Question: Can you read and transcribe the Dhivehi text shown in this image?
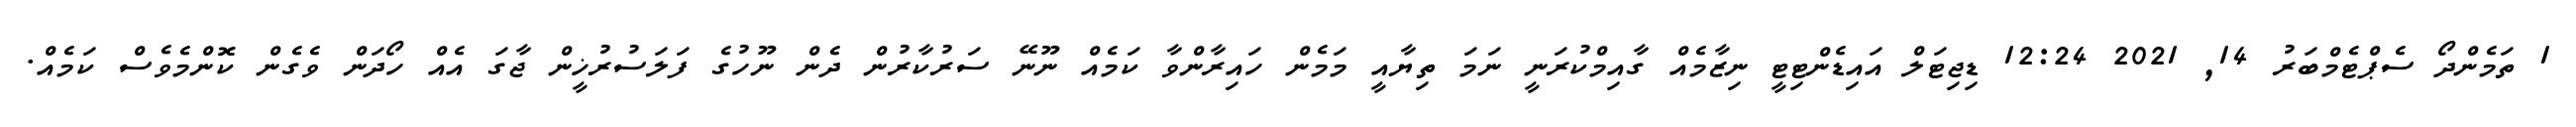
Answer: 1 ތަމެންދޯ ސެޕްޓެމްބަރު 14, 2021 12:24 ޑިޖިޓަލް އައިޑެންޓިޓީ ނިޒާމެއް ގާއިމްކުރަނީ ނަމަ ތިޔާއީ މަމެން ހައިރާންވާ ކަމެއް ނޫނޭ ސަރުކާރުން ދެން ނޫހުގެ ފަލަސުރުޚީން ޖާގަ އެއް ހޯދަން ވެގެން ކޮންމެވެސް ކަމެއް.